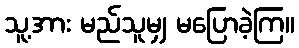
သူ့အား မည်သူမျှ မပြောခဲ့ကြ။